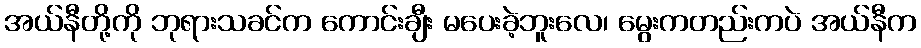
အယ်နီတို့ကို ဘုရားသခင်က ကောင်းချီး မပေးခဲ့ဘူးလေ၊ မွေးကတည်းကပဲ အယ်နီက